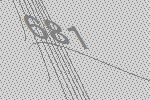
681